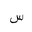
Letter: _sin